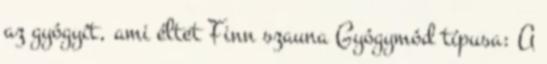
az gyógyít, ami éltet Finn szauna Gyógymód típusa: A